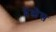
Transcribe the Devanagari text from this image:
द्वेस्चेस